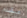
مقدم